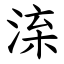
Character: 㳿